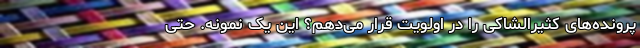
پرونده‌های کثیرالشاکی را در اولویت قرار می‌دهم؟ این یک نمونه. حتی